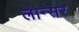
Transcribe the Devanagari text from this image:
लान्सर